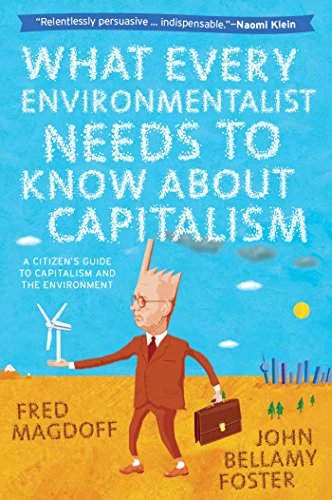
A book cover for What Every Environmentalist Needs to Know About Capitalism; Fred Magdoff; Business & Money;